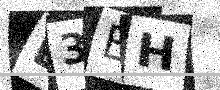
Text: B3BH